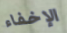
الإخفاء